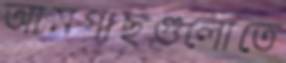
আমগাছগুলোতে